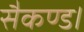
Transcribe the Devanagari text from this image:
सैकण्ड।